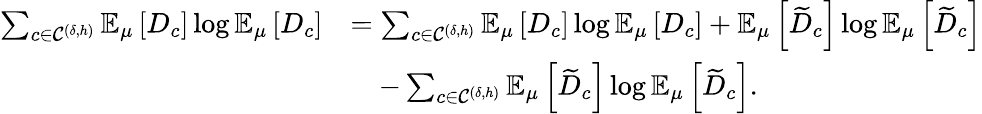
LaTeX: \begin{array}{rl}{\sum_{c\in\mathcal{C}^{(\delta,h)}}\mathbb{E}_{\mu}\left[D_{c}\right]\log\mathbb{E}_{\mu}\left[D_{c}\right]}&{=\sum_{c\in\mathcal{C}^{(\delta,h)}}\mathbb{E}_{\mu}\left[D_{c}\right]\log\mathbb{E}_{\mu}\left[D_{c}\right]+\mathbb{E}_{\mu}\left[\widetilde{D}_{c}\right]\log\mathbb{E}_{\mu}\left[\widetilde{D}_{c}\right]}\\ &{\quad-\sum_{c\in\mathcal{C}^{(\delta,h)}}\mathbb{E}_{\mu}\left[\widetilde{D}_{c}\right]\log\mathbb{E}_{\mu}\left[\widetilde{D}_{c}\right].}\end{array}